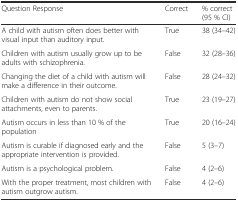
| Question Response | Correct | % correct (95 % CI) |
 | --- | --- | --- |
 | A child with autism often does better with visual input than auditory input. | True | 38 (34–42) |
 | Children with autism usually grow up to be adults with schizophrenia. | False | 32 (28–36) |
 | Changing the diet of a child with autism will make a difference in their outcome. | False | 28 (24–32) |
 | Children with autism do not show social attachments, even to parents. | True | 23 (19–27) |
 | Autism occurs in less than 10 % of the population | True | 20 (16–24) |
 | Autism is curable if diagnosed early and the appropriate intervention is provided. | False | 5 (3–7) |
 | Autism is a psychological problem. | False | 4 (2–6) |
 | With the proper treatment, most children with autism outgrow autism. | False | 4 (2–6) |